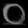
Digit: ၀